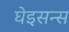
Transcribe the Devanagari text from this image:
घेइसन्स